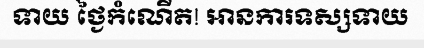
ទាយ ថ្ងៃកំណើត! អានការទស្សទាយ